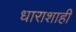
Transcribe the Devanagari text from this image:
धाराशाही